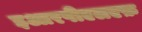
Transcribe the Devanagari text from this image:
इआरपीएलएफ़